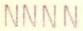
NNNN